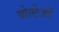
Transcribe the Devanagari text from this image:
वोल्टेजों